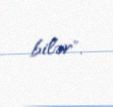
bilər".